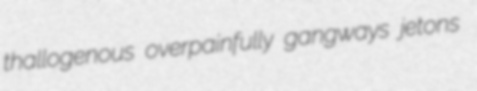
thallogenous overpainfully gangways jetons